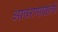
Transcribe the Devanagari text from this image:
आवरणाखाली